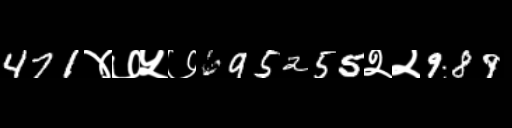
Text: 471४७५७695255२२989